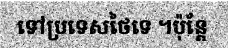
ទៅប្រទេសថៃទេ ។ប៉ុន្តែ